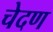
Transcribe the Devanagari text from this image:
चेदण